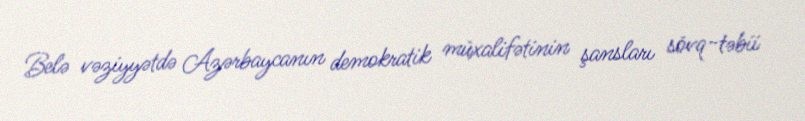
Belə vəziyyətdə Azərbaycanın demokratik müxalifətinin şansları sövq-təbii